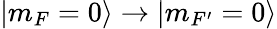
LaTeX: |m_{F}=0\rangle\rightarrow|m_{F^{\prime}}=0\rangle